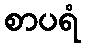
စာပရံ